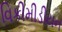
વિકીમીડીયન